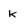
Character: k